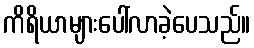
ကိရိယာများပေါ်လာခဲ့ပေသည်။